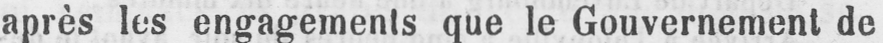
après les engagements que le Gouvernement de